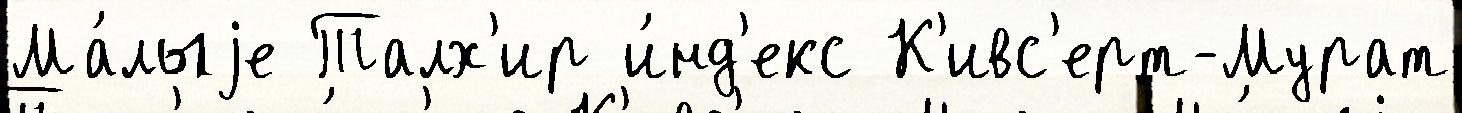
Ма́лыjе Талх'ир и́нд'екс К'ивс'ерт-Мурат